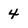
Character: 4